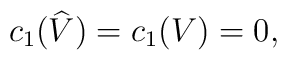
c_{1}(\widehat{V})=c_{1}(V)=0,